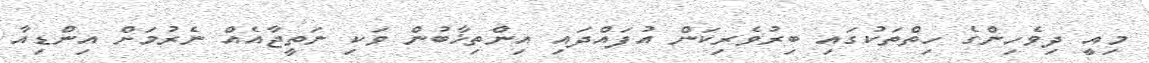
މިއީ ދިވެހިންގެ ހިތްތަކުގައި ބިރުވެރިކަން އުފައްދައި އިންތިޚާބުން ވަކި ނަތީޖާއެއް ނެރުމަށް އިންޑިއާ